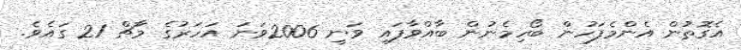
އެގޮތުން އެންމެފަހުން ބޯހިމެނުން ބާއްވާފައި ވަނީ 2006ވަނަ އަހަރުގެ މާޗް 21 ގައެވެ.